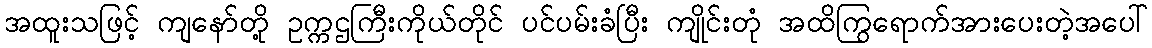
အထူးသဖြင့် ကျနော်တို့ ဥက္ကဌကြီးကိုယ်တိုင် ပင်ပမ်းခံပြီး ကျိုင်းတုံ အထိကြွရောက်အားပေးတဲ့အပေါ်